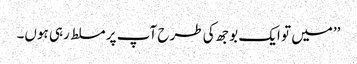
’’میں تو ایک بوجھ کی طرح آپ پر مسلط رہی ہوں۔